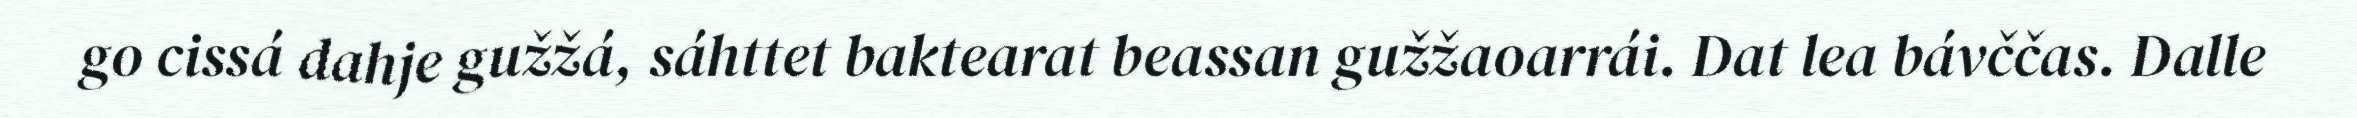
go cissá dahje gužžá, sáhttet baktearat beassan gužžaoarrái. Dat lea bávččas. Dalle